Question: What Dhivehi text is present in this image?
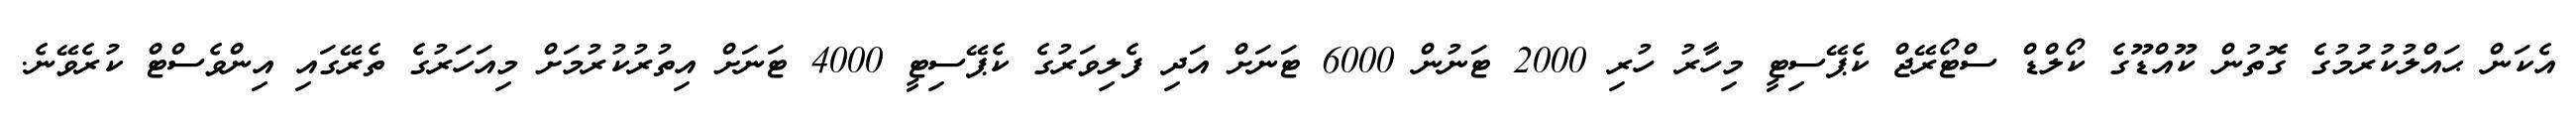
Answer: އެކަން ޙައްލުކުރުމުގެ ގޮތުން ކޫއްޑޫގެ ކޯލްޑް ސްޓޯރޭޖް ކެޕޭސިޓީ މިހާރު ހުރި 2000 ޓަނުން 6000 ޓަނަށް އަދި ފެލިވަރުގެ ކެޕޭސިޓީ 4000 ޓަނަށް އިތުރުކުރުމަށް މިއަހަރުގެ ތެރޭގައި އިންވެސްޓް ކުރެވޭނެ.